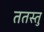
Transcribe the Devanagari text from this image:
ततस्तु